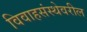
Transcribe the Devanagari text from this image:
विवाहसंस्थेवरील